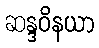
ဆန္ဒဝိနယာ